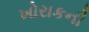
ખોરાકની